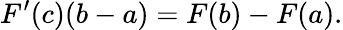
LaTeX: F^{\prime}(c)(b-a)=F(b)-F(a).